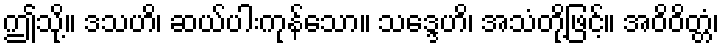
ဤသို့။ ဒသဟိ၊ ဆယ်ပါးကုန်သော။ သဒ္ဒေဟိ၊ အသံတို့ဖြင့်။ အဝိဝိတ္တံ၊